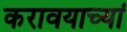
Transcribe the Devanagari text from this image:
करावयाच्यां